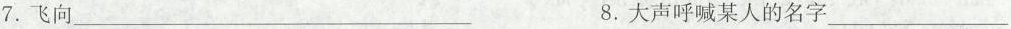
7.飞向\underline8.大声呼喊某人的名字\underline